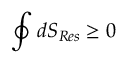
\oint d S _ { R e s } \geq 0